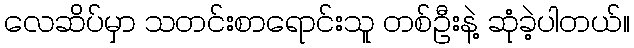
လေဆိပ်မှာ သတင်းစာရောင်းသူ တစ်ဦးနဲ့ ဆုံခဲ့ပါတယ်။